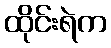
ထိုင်းရဲက